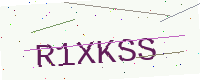
Text: R1XKSS